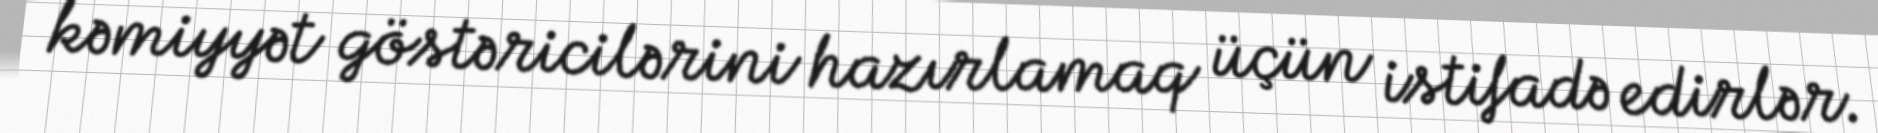
kəmiyyət göstəricilərini hazırlamaq üçün istifadə edirlər.